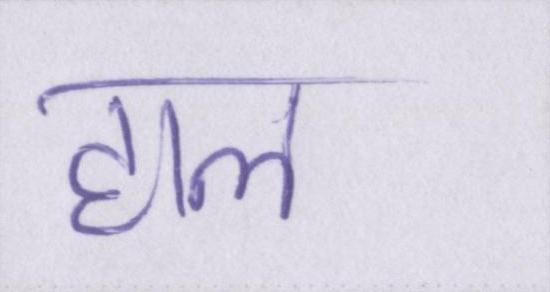
हाल